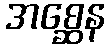
အစ္ဆေန